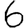
Digit: 6